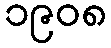
၁၉၀၈